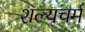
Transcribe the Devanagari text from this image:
शल्यचर्म